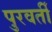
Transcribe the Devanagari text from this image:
पुरवर्ती